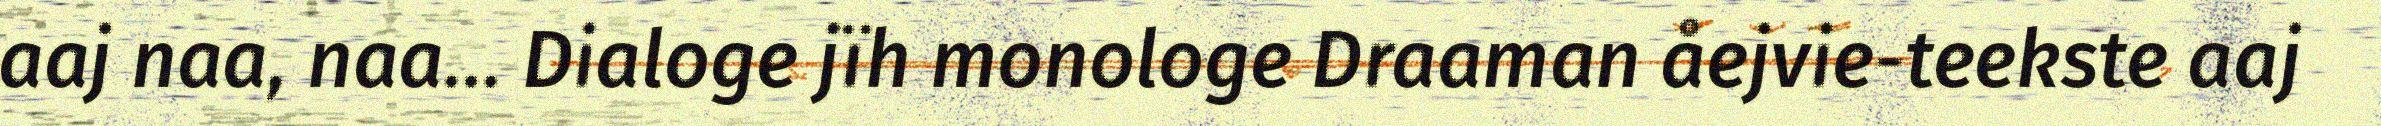
aaj naa, naa… Dialoge jïh monologe Draaman åejvie-teekste aaj